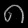
Digit: ၈